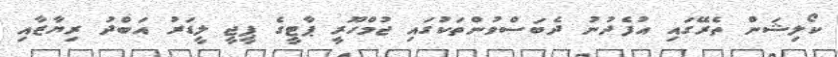
ކޯލިޝަން ތެރޭގައި އުފެދުނު ދެބަސްވުންތަކުގައި ޖުމްހޫރީ ޕާޓީގެ ޕީޖީ ލީޑަރު އަބްދު ރިޔާޒާއި